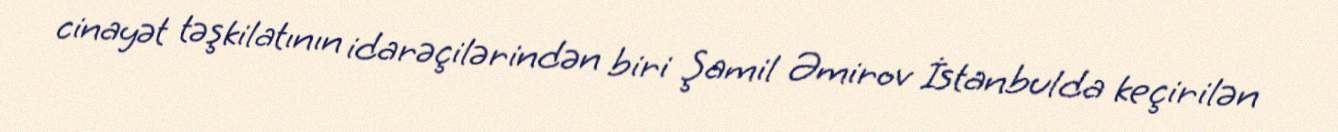
cinayət təşkilatının idarəçilərindən biri Şamil Əmirov İstanbulda keçirilən